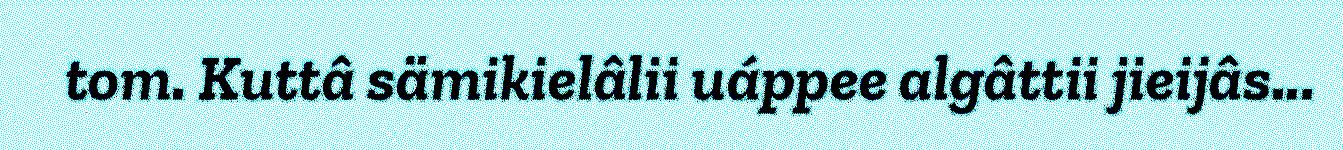
tom. Kuttâ sämikielâlii uáppee algâttii jieijâs...